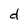
Character: d